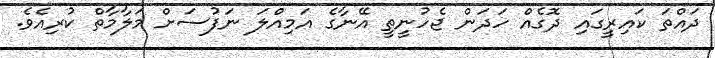
ދައްތަ ކައިރީގައި ދޮގެއް ހަދަން ޖެހުނީތީ އޭނާގެ އަމިއްލަ ނަފުސަށް މަލާމާތް ކުރިއެވެ.